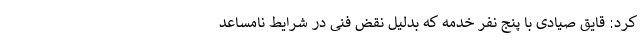
کرد: قایق صیادی با پنج نفر خدمه که بدلیل نقض فنی در شرایط نامساعد